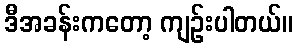
ဒီအခန်းကတော့ ကျဉ်းပါတယ်။